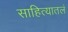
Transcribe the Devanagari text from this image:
साहित्यातलं